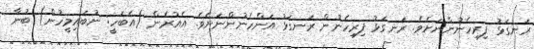
ރަނގަޅު ފިރިހެނުންނަށެވެ. ރަނގަޅު ފިރިހެނުން ރަނގަޅު އަންހެނުންނަށެވެ. އެއުރެން (އެބަހީ: ނުބައިމީހުން) ބުނާ